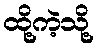
ထို့ကဲ့သို့